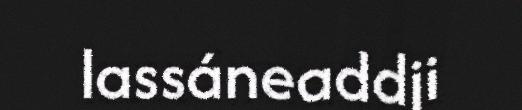
lassáneaddji